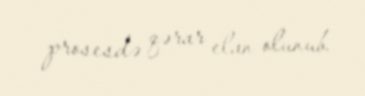
prosesdə qərar elan olunub.